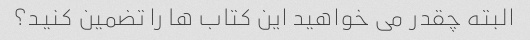
البته چقدر می خواهید این کتاب ها را تضمین کنید؟